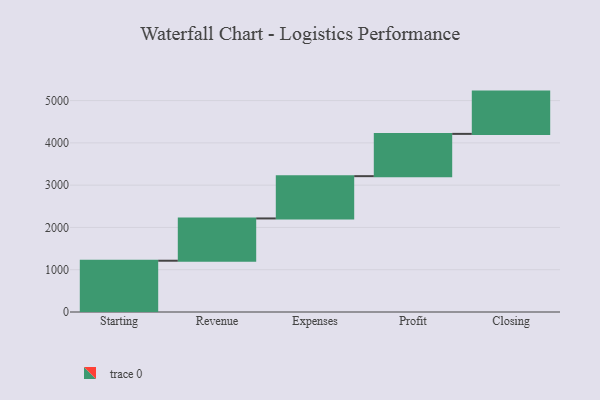
{"axis": {"x": "Step", "y": "Value"}, "legend": [""], "data": [{"x": "Starting", "y": 1213.0, "type": ""}, {"x": "Revenue", "y": 1000, "type": ""}, {"x": "Expenses", "y": 1000, "type": ""}, {"x": "Profit", "y": 1000, "type": ""}, {"x": "Closing", "y": 1000, "type": ""}]}